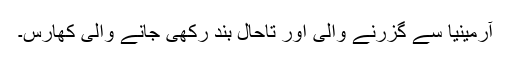
آرمینیا سے گزرنے والی اور تاحال بند رکھی جانے والی کھارس۔